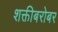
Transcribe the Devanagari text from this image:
शक्तीबरोबर